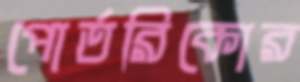
পোর্তরিকোর